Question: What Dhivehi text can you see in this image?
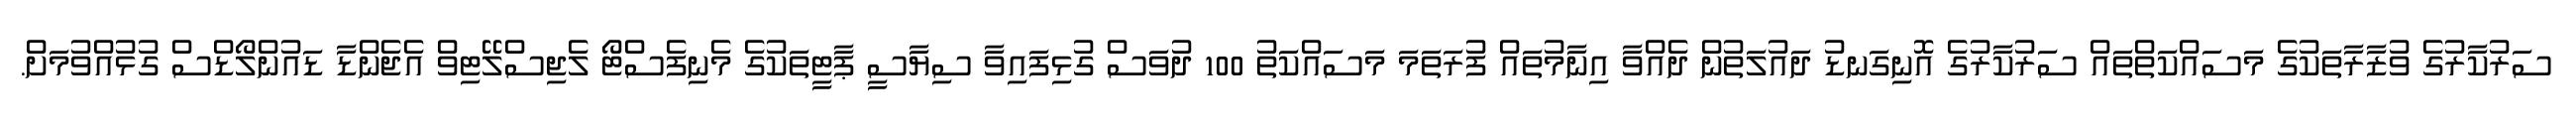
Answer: ސަރުކާރުގެ ވުޒާރާތަކުގެ މަސައްކަތްތައް ސަރުކާރުގެ އޮނިގަނޑު ދައުލަތުން ދެއްވާ އިނާމުތައް ފުރަތަމަ މަސައްކަތު 100 ދުވަސް ގުޅިފައިވާ ސިޔާސީ ޕާޓީތަކުގެ މެނިފެސްޓޯ ލެޖިސްލޭޓިވް އެޖެންޑާ ޑައުންލޯޑްސް ގުޅުއްވުމަށް.